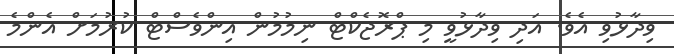
ވިދާޅުވި އެވެ. އަދި ވިދާޅުވީ މި ޕްރޮޖެކްޓް ނިމުމުން އިންވެސްޓް ކުރުމަށް އެންމެ